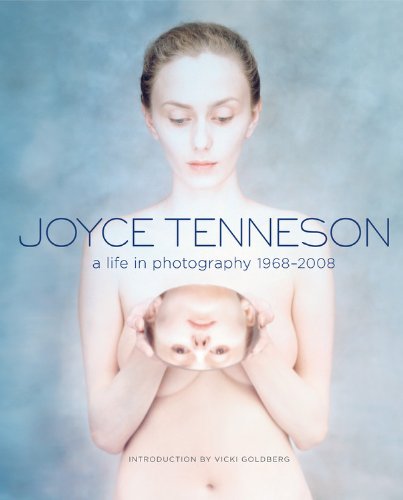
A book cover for Joyce Tenneson: A Life in Photography: 1968-2008; Arts & Photography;